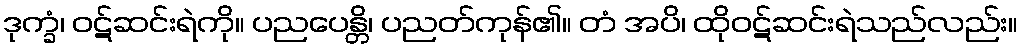
ဒုက္ခံ၊ ဝဋ်ဆင်းရဲကို။ ပညပေန္တိ၊ ပညတ်ကုန်၏။ တံ အပိ၊ ထိုဝဋ်ဆင်းရဲသည်လည်း။